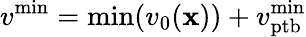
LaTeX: v^{\mathrm{min}}=\mathrm{min}(v_{0}({\mathbf x}))+v_{\mathrm{ptb}}^{\mathrm{min}}